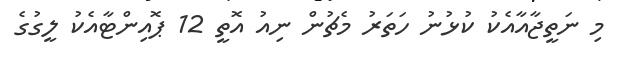
މި ނަތީޖާއާއެކު ކުޅުނު ހަތަރު މެޗުން ނިއު އޮތީ 12 ޕޮއިންޓާއެކު ލީގުގެ